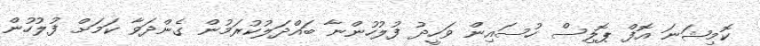
ކޮމިޝަނަ އޮފް ޕޮލިސް ހުސައިން ވަހީދު ފުލުހުންނާ ބައްދަލުކުރަމުން ގެންދަވާ ކަމަށް ފުލުހުން